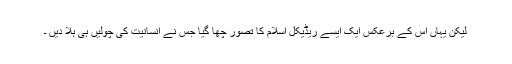
لیکن یہاں اس کے برعکس ایک ایسے ریڈیکل اسلام کا تصور چھا گیا جس نے انسانیت کی چولیں ہی ہلا دیں ۔